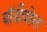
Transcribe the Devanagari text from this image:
बॉडीशेल